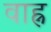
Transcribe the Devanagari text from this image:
वाह्न